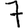
Digit: 7